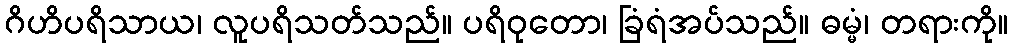
ဂိဟိပရိသာယ၊ လူပရိသတ်သည်။ ပရိဝုတော၊ ခြံရံအပ်သည်။ ဓမ္မံ၊ တရားကို။